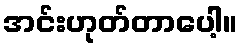
အင်းဟုတ်တာပေါ့။